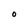
Character: O